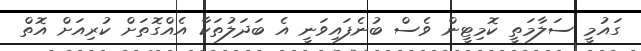
ގައުމީ ސަލާމަތީ ކޮމިޓީން ވެސް ބުނެފައިވަނީ އެ ބަދަލުތަކާ އެއްގޮތަށް ކުރިއަށް އޮތް